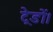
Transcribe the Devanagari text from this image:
ट्रेडों।